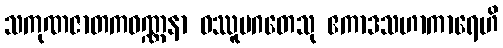
သကုဏဇာတကဝဏ္ဏနာ ဝဿူပဂတေသု ဧကာဒသဟာကာရေဟိ